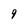
Character: 9